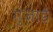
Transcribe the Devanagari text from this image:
गुजाई